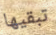
تبقيها